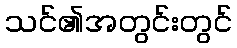
သင်၏အတွင်းတွင်